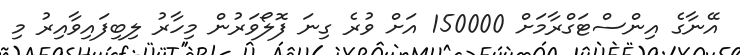
އޭނާގެ އިންސްޓަގްރާމަށް 150000 އަށް ވުރެ ގިނަ ފޮލޯވަރުން މިހާރު ލިބިފައިވާއިރު މި